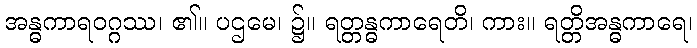
အန္ဓကာရဝဂ္ဂဿ၊ ၏။ ပဌမေ၊ ၌။ ရတ္တန္ဓကာရေတိ၊ ကား။ ရတ္တိအန္ဓကာရေ၊